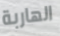
الهاربة